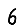
Digit: 6